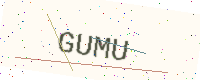
Text: GUMU